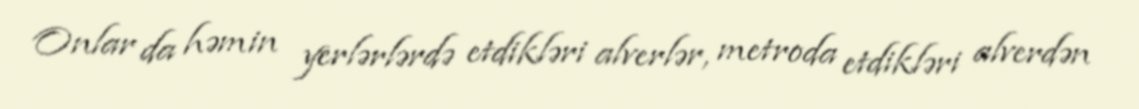
Onlar da həmin yerlərlərdə etdikləri alverlər, metroda etdikləri alverdən